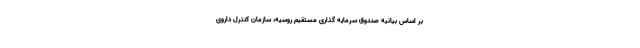
بر اساس بیانیه صندوق سرمایه گذاری مستقیم روسیه، سازمان کنترل داروی